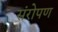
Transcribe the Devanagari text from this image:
संरोपण